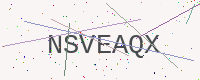
Text: NSVEAQX